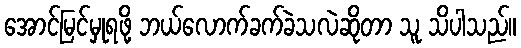
အောင်မြင်မှုရဖို့ ဘယ်လောက်ခက်ခဲသလဲဆိုတာ သူ သိပါသည်။